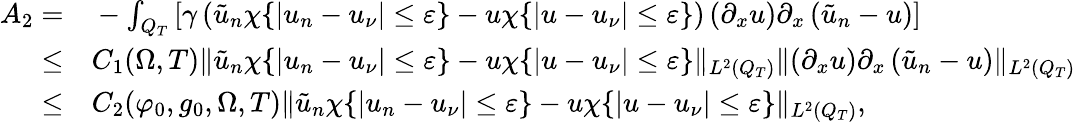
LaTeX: \begin{array}{rl}{A_{2}=}&{{}-\int_{Q_{T}}\left[\gamma\left(\tilde{u}_{n}\chi\{ |u_{n}-u_{\nu}|\leq\varepsilon\} -u\chi\{ |u-u_{\nu}|\leq\varepsilon\} \right)\left(\partial_{x}u\right)\partial_{x}\left(\tilde{u}_{n}-u\right)\right]}\\ {\leq}&{{}C_{1}(\Omega,T)\lVert\tilde{u}_{n}\chi\{ |u_{n}-u_{\nu}|\leq\varepsilon\} -u\chi\{ |u-u_{\nu}|\leq\varepsilon\} \rVert_{L^{2}(Q_{T})}\lVert\left(\partial_{x}u\right)\partial_{x}\left(\tilde{u}_{n}-u\right)\rVert_{L^{2}(Q_{T})}}\\ {\leq}&{{}C_{2}(\varphi_{0},g_{0},\Omega,T)\lVert\tilde{u}_{n}\chi\{ |u_{n}-u_{\nu}|\leq\varepsilon\} -u\chi\{ |u-u_{\nu}|\leq\varepsilon\} \rVert_{L^{2}(Q_{T})},}\end{array}